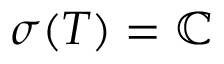
\sigma ( T ) = \mathbb { C }